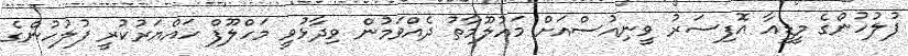
ފުލުހުންގެ މީޑީއާ އޮފިސަރު ވީނިއުސްއަށް މައުލޫމާތު ދެއްވަމުން ވިދާޅުވީ މަހްލޫފް ހައްޔަރުކުރީ ފުލުހުންގެ